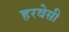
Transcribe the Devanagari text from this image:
हरवेसी